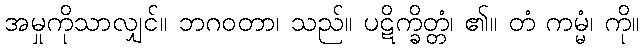
အမှုကိုသာလျှင်။ ဘဂဝတာ၊ သည်။ ပဋိက္ခိတ္တံ၊ ၏။ တံ ကမ္မံ၊ ကို။